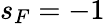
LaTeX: s_{F}=-1